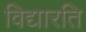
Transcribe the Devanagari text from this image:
विद्यारति